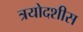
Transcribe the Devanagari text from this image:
त्रयोदशीस